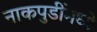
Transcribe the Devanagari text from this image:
नाकपुडींमध्ये